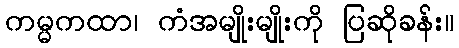
ကမ္မကထာ၊ ကံအမျိုးမျိုးကို ပြဆိုခန်း။